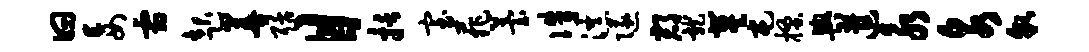
曰妄霜起善聒目括室菲苔侏瀑隧郡龙冀屯搔舆遣永泉貌